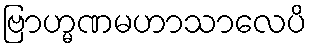
ဗြာဟ္မဏမဟာသာလေပိ